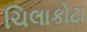
ચિલાકોટા